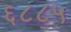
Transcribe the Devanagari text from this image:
६८८५